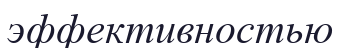
эффективностью